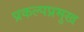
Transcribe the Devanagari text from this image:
प्रकल्पप्रमुख